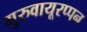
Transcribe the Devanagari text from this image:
गुरुवायूरप्पन